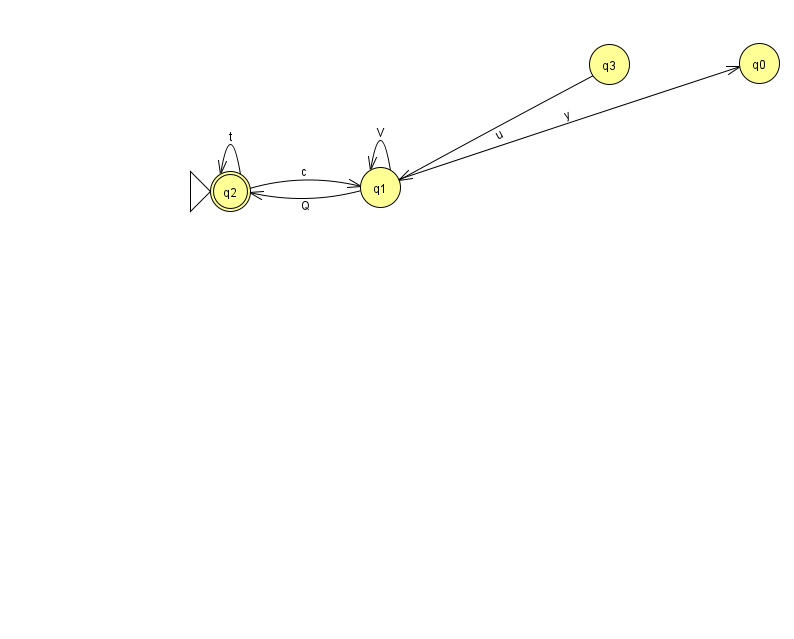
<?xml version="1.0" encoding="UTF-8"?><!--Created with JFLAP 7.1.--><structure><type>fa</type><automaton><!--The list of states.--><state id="0" name="q0"><x>759.0</x><y>50.0</y></state><state id="1" name="q1"><x>380.0</x><y>174.0</y></state><state id="2" name="q2"><x>230.0</x><y>178.0</y><initial/><final/></state><state id="3" name="q3"><x>609.0</x><y>51.0</y></state><!--The list of transitions.--><transition><from>2</from><to>2</to><read>t</read></transition><transition><from>1</from><to>0</to><read>y</read></transition><transition><from>1</from><to>1</to><read>V</read></transition><transition><from>3</from><to>1</to><read>u</read></transition><transition><from>2</from><to>1</to><read>c</read></transition><transition><from>1</from><to>2</to><read>Q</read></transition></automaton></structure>